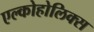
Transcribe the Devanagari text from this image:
एल्कोहोलिक्स